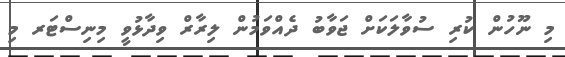
މި ނޫހުން ކުރި ސުވާލަކަށް ޖަވާބު ދެއްވަމުން ލިރާރް ވިދާޅުވީ މިނިސްޓަރ މި